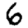
Digit: 6